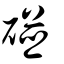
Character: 碰